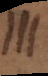
III